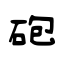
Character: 砲